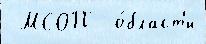
 МСОП  о́бласт'и